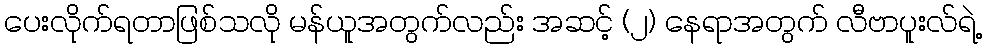
ပေးလိုက်ရတာဖြစ်သလို မန်ယူအတွက်လည်း အဆင့် (၂) နေရာအတွက် လီဗာပူးလ်ရဲ့